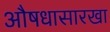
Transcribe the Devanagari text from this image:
औषधासारखा